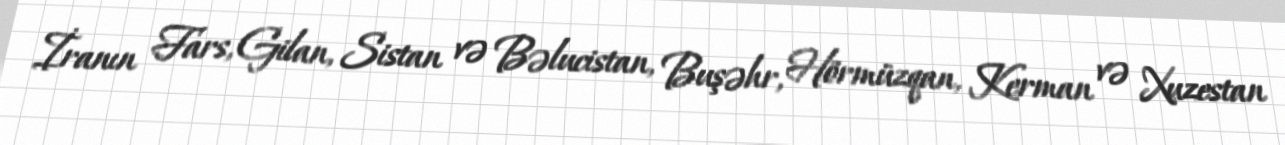
İranın Fars, Gilan, Sistan və Bəlucistan, Buşəhr, Hörmüzqan, Kerman və Xuzestan